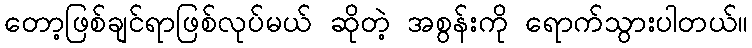
တော့ဖြစ်ချင်ရာဖြစ်လုပ်မယ် ဆိုတဲ့ အစွန်းကို ရောက်သွားပါတယ်။